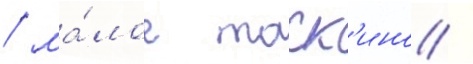
/ ма́лое таск'ино /